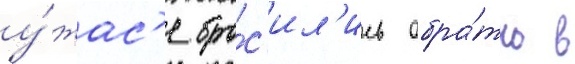
у́жас'е бро́с'ил'ись обра́тно в